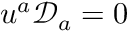
u ^ { a } \mathscr { D } _ { a } = 0